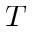
T